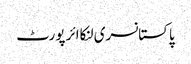
پاکستانسری لنکاائر پورٹ